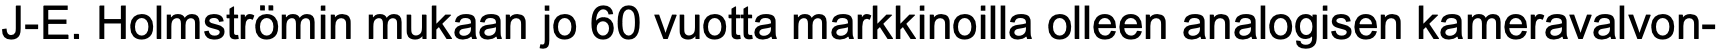
J-E. Holmströmin mukaan jo 60 vuotta markkinoilla olleen analogisen kameravalvon-